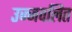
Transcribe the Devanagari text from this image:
उज्जवलित